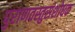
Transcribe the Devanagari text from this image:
पुराणवस्तुसंशोधक